Annual report on the working of the Harcourt Butler Institute of Public Health, Rangoon
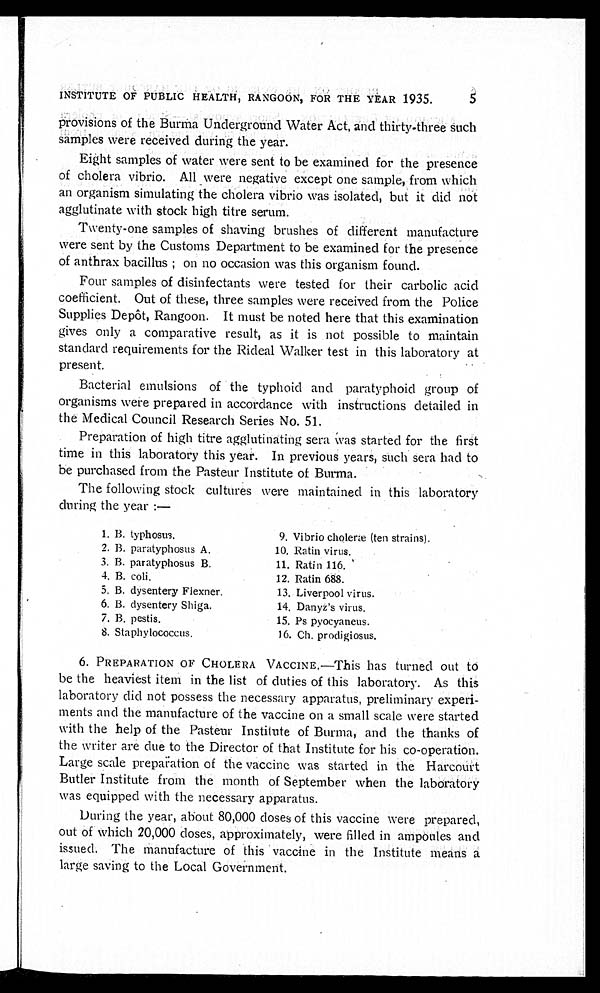
INSTITUTE OF PUBLIC HEALTH, RANGOON, FOR THE YEAR 1935.
5
provisions of the Burma Underground Water Act, and thirty-three such
samples were received during the year.
Eight samples of water were sent to be examined for the presence
of cholera vibrio. All were negative except one sample, from which
an organism simulating the cholera vibrio was isolated, but it did not
agglutinate with stock high titre serum.
Twenty-one samples of shaving brushes of different manufacture
were sent by the Customs Department to be examined for the presence
of anthrax bacillus ; on no occasion was this organism found.
Four samples of disinfectants were tested for their carbolic acid
coefficient. Out of these, three samples were received from the Police
Supplies Depôt, Rangoon. It must be noted here that this examination
gives only a comparative result, as it is not possible to maintain
standard requirements for the Rideal Walker test in this laboratory at
present.
Bacterial emulsions of the typhoid and paratyphoid group of
organisms were prepared in accordance with instructions detailed in
the Medical Council Research Series No. 51.
Preparation of high titre agglutinating sera was started for the first
time in this laboratory this year. In previous years, such sera had to
be purchased from the Pasteur Institute of Burma.
The following stock cultures were maintained in this laboratory
during the year :—
1. B. typhosus.
9. Vibrio choleræ (ten strains).
2. B. paratyphosus A.
10. Ratin virus.
3. B. paratyphosus B.
11. Ratin 116.
4. B.coli.
12. Ratin 688.
5. B. dysentery Flexner.
13. Liverpool virus.
6. B. dysentery Shiga.
14. Danyz's virus.
7. B. pestis.
15. Ps pyocyancus.
8. Staphylococcus.
16. Ch. prodigiosus.
6. PREPARATION OF CHOLERA VACCINE.—This has turned out t
o b e t h e h e a v i e s t i t e m i n t h e l i s t o f d u t i e s o f t h i s l a b o r a t o r y . A s t h i s
laboratory did not possess the necessary apparatus, preliminary experi
- m e n t s a n d t h e m a n u f a c t u r e o f t h e v a c c i n e o n a s m a l l s c a l e w e r e s t a r t e d
with the help of the Pasteur Institute of Burma, and the thanks of
the writer are due to the Director of that Institute for his co-operation.
Large scale preparation of the vaccine was started in the Harcourt
Butler Institute from the month of September when the laboratory
was equipped with the necessary apparatus.
During the year, about 80,000 doses of this vaccine were prepared,
out of which 20,000 doses, approximately, were filled in ampoules and
issued. The manufacture of this vaccine in the Institute means a
large saving to the Local Government.